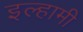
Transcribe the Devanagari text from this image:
इल्हामी